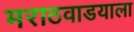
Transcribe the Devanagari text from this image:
मराठवाडयाला